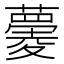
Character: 𧀧